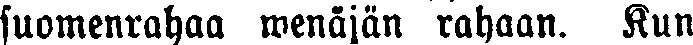
suomenrahaa wenajän rahaan. Kun